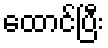
ထောင်ပြီး